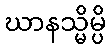
ဃာနသ္မိမ္ပိ